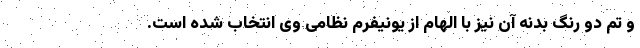
و تم دو رنگ بدنه آن نیز با الهام از یونیفرم نظامی وی انتخاب شده است.